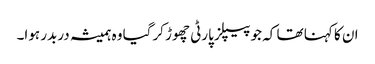
ان کا کہنا تھا کہ جو پیپلز پارٹی چھوڑ کرگیا وہ ہمیشہ دربدر ہوا۔